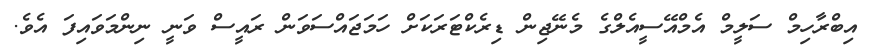
އިބްރާހިމް ސަލީމް އެމްއޭސީއެލްގެ މެނޭޖިން ޑިރެކްޓަރަކަށް ހަމަޖައްސަވަން ރައީސް ވަނީ ނިންމަވައިފަ އެވެ.